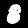
Digit: 8